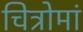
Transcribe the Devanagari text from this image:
चित्रोमां